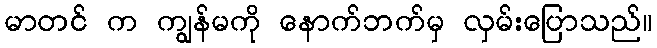
မာတင် က ကျွန်မကို နောက်ဘက်မှ လှမ်းပြောသည်။